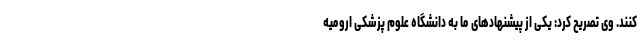
کنند. وی تصریح کرد: یکی از پیشنهادهای ما به دانشگاه علوم پزشکی ارومیه